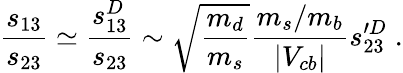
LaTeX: \frac{s_{13}}{s_{23}}\simeq\frac{s_{13}^{D}}{s_{23}}\sim\sqrt{\frac{m_{d}}{m_{s}}}\frac{m_{s}/m_{b}}{|V_{cb}|}s_{23}^{\prime D}\; .